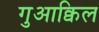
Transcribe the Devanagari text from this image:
गुआक्विल